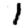
Digit: 1